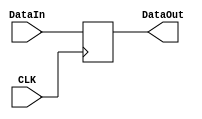
`timescale 1ns / 1ps
//////////////////////////////////////////////////////////////////////////////////
// Company: 
// Engineer: 
// 
// Design Name: 
// Module Name: delay
// Project Name: 
// Target Devices: 
// Tool Versions: 
// Description: 
// 
// Dependencies: 
// 
// Revision:
// Revision 0.01 - File Created
// Additional Comments:
// 
//////////////////////////////////////////////////////////////////////////////////


module delay(
    input CLK,
    input [31:0] DataIn,
    output reg [31:0] DataOut
    );
    initial 
        DataOut = 0;
    always @ (posedge CLK) 
        DataOut = DataIn;
endmodule